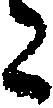
た